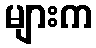
များက